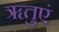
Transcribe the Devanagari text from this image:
ॠतुएं